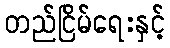
တည်ငြိမ်ရေးနှင့်